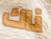
ناك